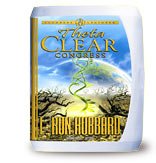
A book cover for Theta Clear Congress (Congress Lectures); L. Ron Hubbard; Religion & Spirituality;